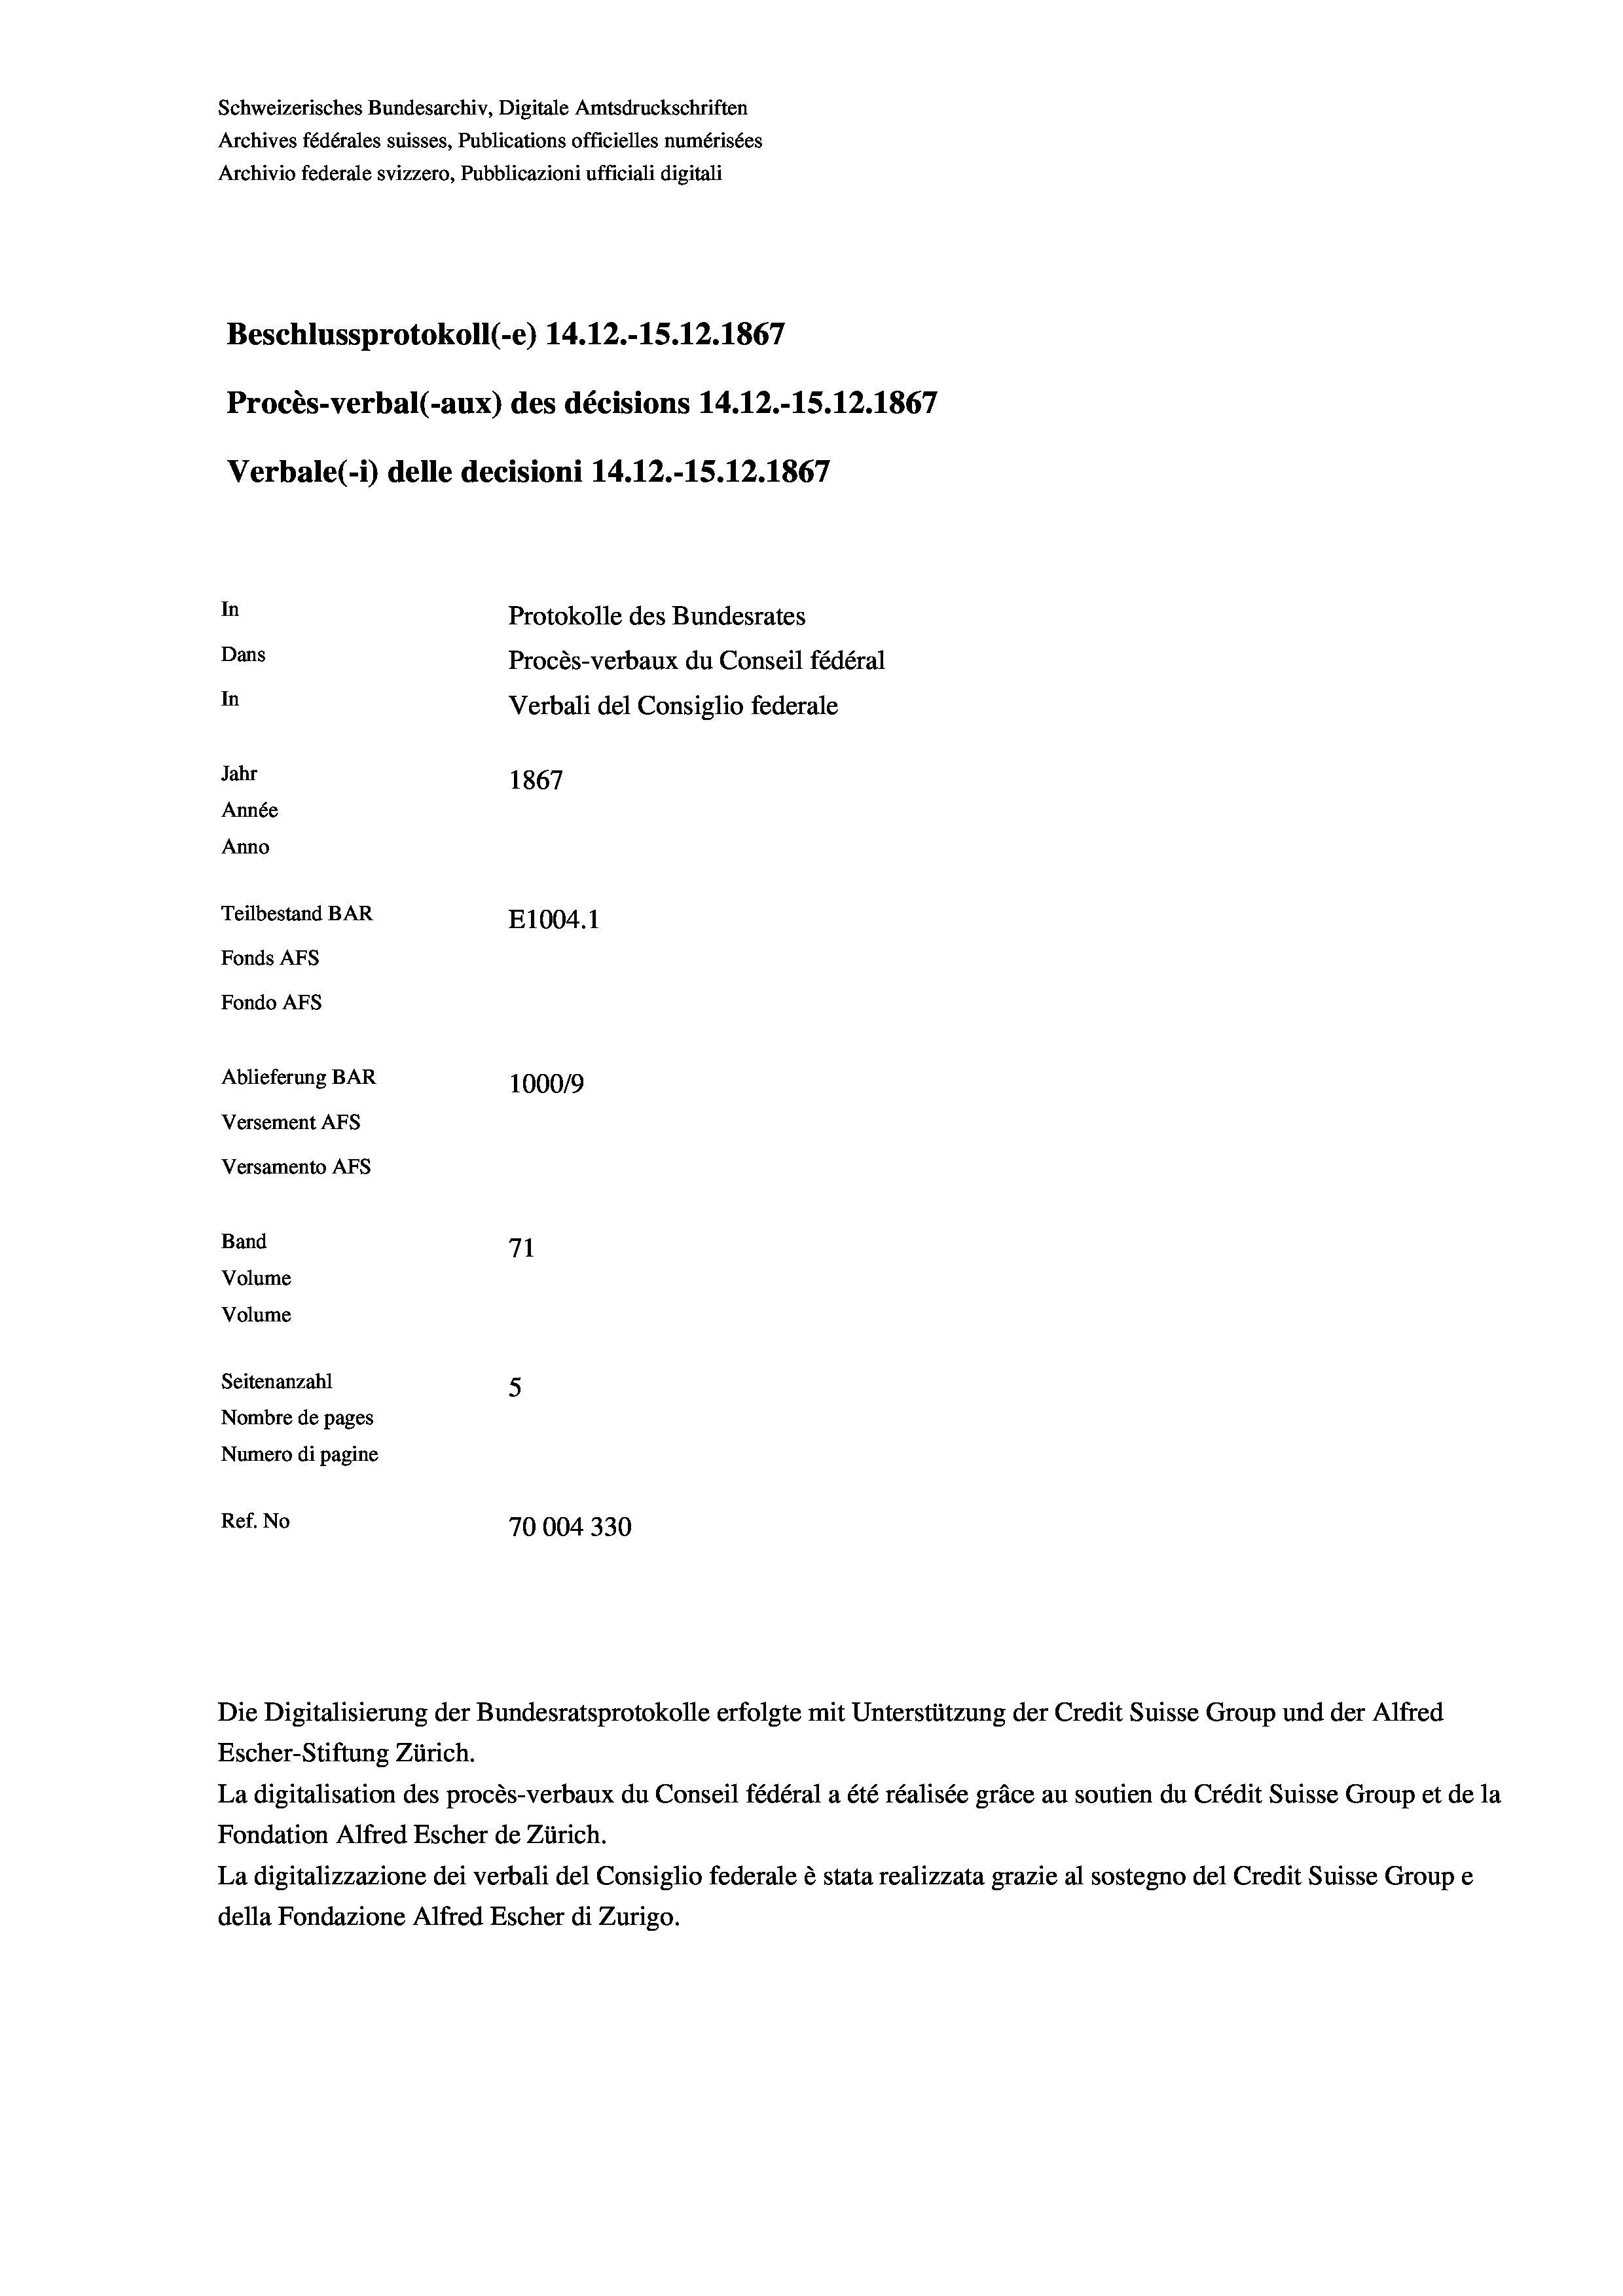
Schweizerisches Bundesarchiv, Digitale Amtsdruckschriften
Archives fédérales suisses, Publications officielles numérisées
Archivio federale svizzero, Pubblicazioni ufficiali digitali
Beschlussprotokoll (-e) 14.12.-15.12.1867
Procès-verbal (-aux) des décisions 14.12.-1S.12.1867
Verbale (- 1) delle decisioni 14.12.-15.12.1867
In
Protokolle des Bundesrates
Dans
Procès-verbaux du Conseil fédéral
In
Verbali del Consiglio federale
Jahr
1867
Année
Anno
Teilbestand BAR
E1004.1
Fonds AFs
Fondo AFs
Ablieferung BAR
1000/9
Versement Abs
Versamento Afs
Band
71
Volume
Volume
Seitenanzahl
5
Nombre de pages
Numero di pagine
Ref. No
70004330

La digitalisation des procès-verbaux du Conseil fédéral a été réalisée gräce au soutien du Crédit Suisse Group et de la
Fondation Alfred Escher de Zürich.
La digitalizzazione dei verbali del Consiglio federale è stata realizzata grazie al sostegno del Credit Suisse Groupe
della Fondazione Alfred Escher di Zurigo.

Die Digitalisierung der Bundesratsprotokolle erfolgte mit Unterstützung der Credit Suisse Group und der Alfred
Escher-Stiftung Zürich.